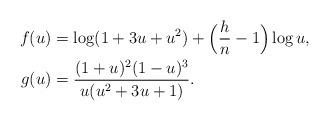
LaTeX: \begin{align*} f(u)&=\log(1+3u+u^2)+\Bigl(\frac{h}{n}-1\Bigr)\log u,\\ g(u)&=\frac{(1+u)^2(1-u)^3}{u(u^2+3u+1)}. \end{align*}